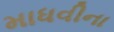
માધવીના